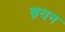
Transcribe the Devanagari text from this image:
ब्रयन